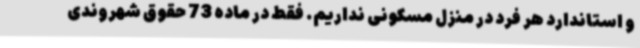
و استاندارد هر فرد در منزل مسکونی نداریم. فقط در ماده 73 حقوق شهروندی